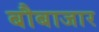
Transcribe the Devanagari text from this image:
बौबाजार